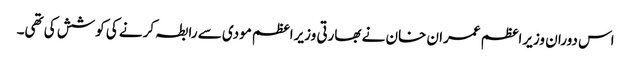
اس دوران وزیراعظم عمران خان نے بھارتی وزیراعظم مودی سے رابطہ کرنے کی کوشش کی تھی۔